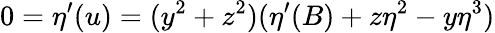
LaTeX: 0=\eta^{\prime}(u)=(y^{2}+z^{2})(\eta^{\prime}(B)+z\eta^{2}-y\eta^{3})